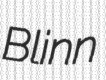
Blinn